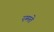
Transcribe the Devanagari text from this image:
रम्मते